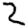
Digit: 2